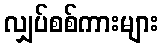
လျှပ်စစ်ကားများ